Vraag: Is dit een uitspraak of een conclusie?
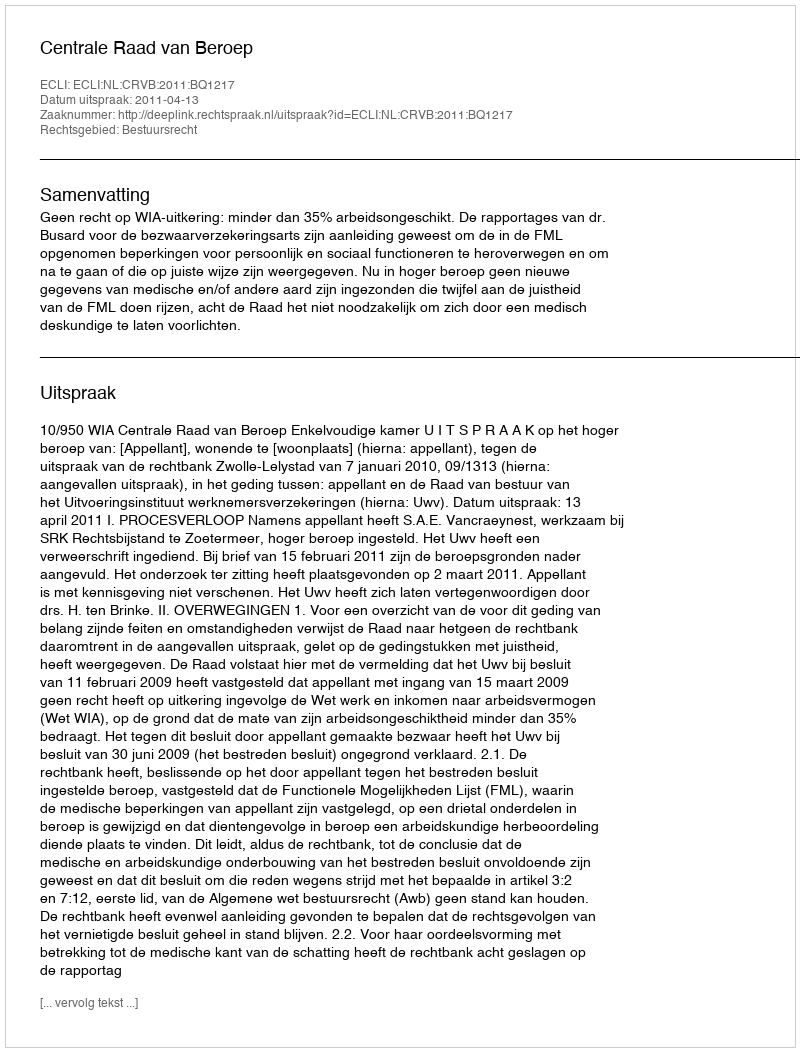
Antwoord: Uitspraak